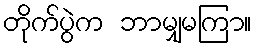
တိုက်ပွဲက ဘာမျှမကြာ။